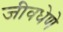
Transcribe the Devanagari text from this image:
जीवधेणे